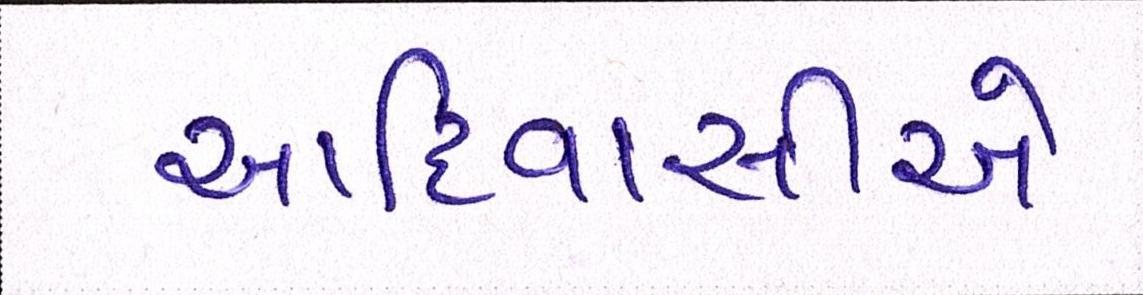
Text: આદિવાસીએ